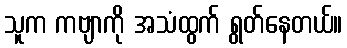
သူက ကဗျာကို အသံထွက် ရွတ်နေတယ်။